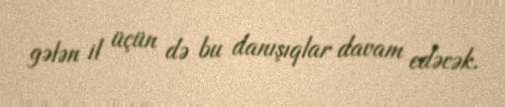
gələn il üçün də bu danışıqlar davam edəcək.